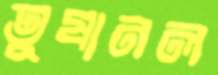
তুষানল